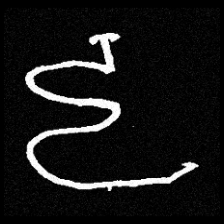
Pyu character \u2014 Myanmar letter: ဠ (romanized: lla)